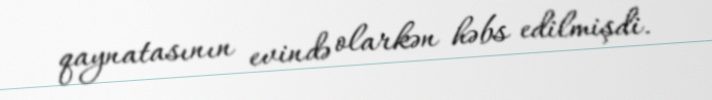
qaynatasının evində olarkən həbs edilmişdi.